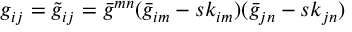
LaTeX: g _ { i j } = \tilde { g } _ { i j } = \bar { g } ^ { m n } ( \bar { g } _ { i m } - s k _ { i m } ) ( \bar { g } _ { j n } - s k _ { j n } )